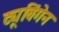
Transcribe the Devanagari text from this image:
ट्यूबिंगेन